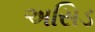
અસિડ